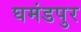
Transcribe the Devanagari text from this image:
घमंडपुर